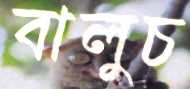
বালুচ